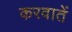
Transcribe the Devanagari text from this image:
करवातें